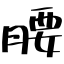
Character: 腰